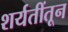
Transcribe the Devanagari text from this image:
शर्यतींतून